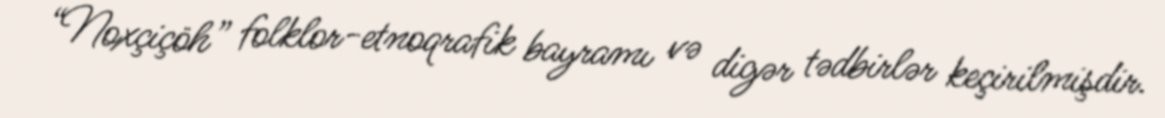
“Noxçiçöh” folklor-etnoqrafik bayramı və digər tədbirlər keçirilmişdir.